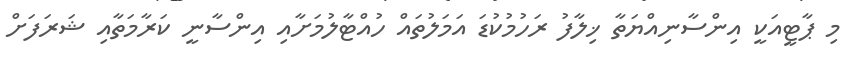
މި ޕާޓީއަކީ އިންސާނިއްޔަތާ ޚިލާފު ރަހުމުކުޑަ އަމަލުތައް ހުއްޓާލުމަށާއި އިންސާނީ ކަރާމަތާއި ޝަރަފަށް